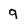
Character: 9